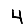
Digit: 4